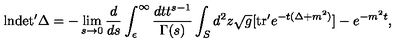
\mathrm { l n } \mathrm { d e t ^ { \prime } } \Delta = - \lim _ { s \to 0 } { \frac { d } { d s } } \int _ { \epsilon } ^ { \infty } { \frac { d t t ^ { s - 1 } } { \Gamma ( s ) } } \int _ { S } d ^ { 2 } z { \sqrt { g } } [ \mathrm { t r ^ { \prime } } e ^ { - t ( \Delta + m ^ { 2 } ) } ] - e ^ { - m ^ { 2 } t } ,